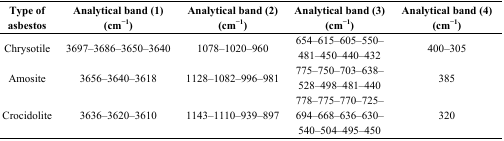
<table><thead><tr><td><b>Type of asbestos</b></td><td><b>Analytical band (1) (cm<sup>−1</sup>)</b></td><td><b>Analytical band (2) (cm<sup>−1</sup>)</b></td><td><b>Analytical band (3) (cm<sup>−1</sup>)</b></td><td><b>Analytical band (4) (cm<sup>−1</sup>)</b></td></tr></thead><tbody><tr><td>Chrysotile</td><td>3697–3686–3650–3640</td><td>1078–1020–960</td><td>654–615–605–550–481–450–440–432</td><td>400–305</td></tr><tr><td>Amosite</td><td>3656–3640–3618</td><td>1128–1082–996–981</td><td>775–750–703–638–528–498–481–440</td><td>385</td></tr><tr><td>Crocidolite</td><td>3636–3620–3610</td><td>1143–1110–939–897</td><td>778–775–770–725–694–668–636–630–540–504–495–450</td><td>320</td></tr></tbody></table>